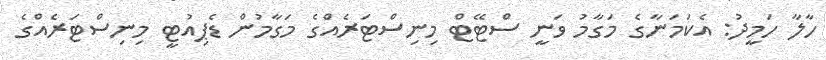
ހާލާ ހަމީދު: އެކަމަނާގެ މަގާމު ވަނީ ސްޓޭޓް މިނިސްޓަރެއްގެ މަގާމުން ޑެޕިއުޓީ މިނިސްޓަރެއްގެ